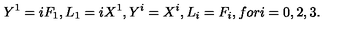
Y ^ { 1 } = i F _ { 1 } , L _ { 1 } = i X ^ { 1 } , Y ^ { i } = X ^ { i } , L _ { i } = F _ { i } , f o r i = 0 , 2 , 3 .